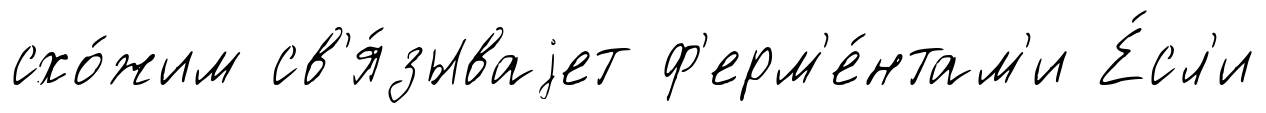
схо́жим св'я́зываjет ф'ерм'е́нтам'и Е́сл'и